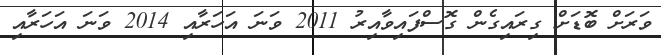
ވަރަށް ބޮޑަށް ގިރައިގެން ގޮސްފައިވާއިރު 2011 ވަނަ އަހަރާއި 2014 ވަނަ އަހަރާއި